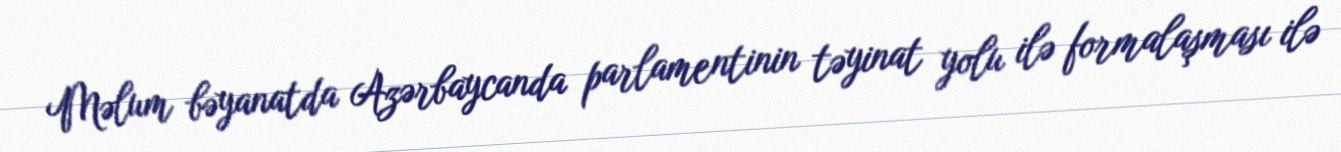
Məlum bəyanatda Azərbaycanda parlamentinin təyinat yolu ilə formalaşması ilə